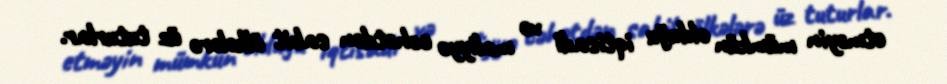
etməyin mümkün olduğu iqtisadi və maliyyə cəhətdən sabit ölkələrə üz tuturlar.